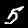
Digit: 5